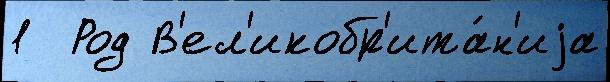
1  Род В'ел'икобр'ита́н'иjа